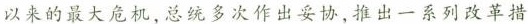
以来的最大危机，总统多次作出妥协，推出一系列改革措